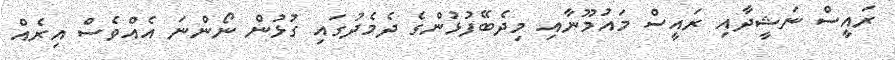
ރައީސް ނަޝީދާއި ރައީސް މައުމޫނާއި މިދެބޭފުޅުންގެ ދެމެދުގައި ގުޅުން ނޯންނަ އެއްވެސް އިރެއް